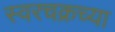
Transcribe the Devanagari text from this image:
स्वरचक्रच्या